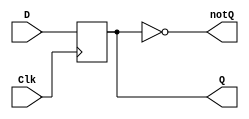
`timescale 1ns/ 1ps //the delay unit is 1ns
`default_nettype none

module d_flip_flop_behavioral(

output reg Q,
output wire notQ,
input wire D,
input wire Clk //this is the clock signal
);
/*describe behaviour of D flip-flop*/

//posedge means positive or rising edge

always@(posedge Clk) //trigger when clk goes high
Q<=D;//non blocking assignement
assign notQ=~Q;
endmodule